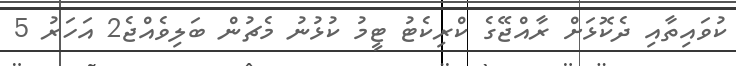
ކުވައިތާއި ދެކޮޅަށް ރާއްޖޭގެ ކްރިކެޓު ޓީމު ކުޅުނު މެޗުން ބަލިވެއްޖެ2 އަހަރު 5